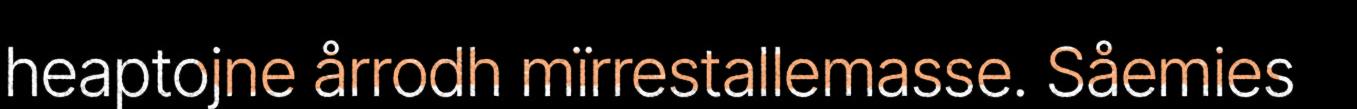
heaptojne årrodh mïrrestallemasse. Såemies